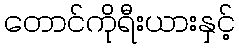
တောင်ကိုရီးယားနှင့်